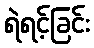
ရဲရင့်ခြင်း